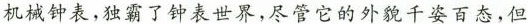
机械钟表，独霸了钟表世界，尽管它的外貌千姿百态，但